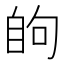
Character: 𮍘